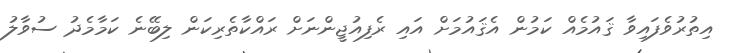
އިތުރުވެފައިވާ ޤައުމެއް ކަމުން އެޤައުމަށް އައި ރެފިއުޖީންނަށް ރައްކާތެރިކަން ލިބޭނެ ކަމާމެދު ސުވާލު